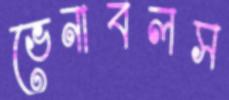
ভেনাবলস